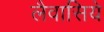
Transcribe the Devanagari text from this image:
लैवासिये